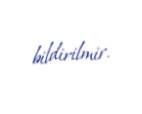
bildirilmir.